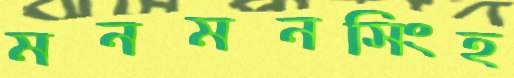
মনমনসিংহ